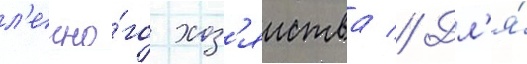
л'есно́го хоз'яиства // Дл'я́